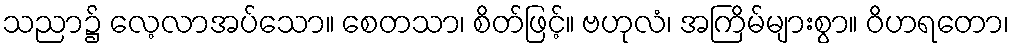
သညာ၌ လေ့လာအပ်သော။ စေတသာ၊ စိတ်ဖြင့်။ ဗဟုလံ၊ အကြိမ်များစွာ။ ဝိဟရတော၊